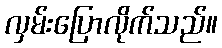
လှမ်းပြောလိုက်သည်။